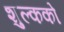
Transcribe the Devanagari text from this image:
शुल्कको